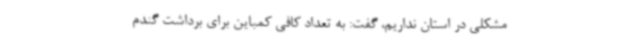
مشکلی در استان نداریم، گفت: به تعداد کافی کمباین برای برداشت گندم